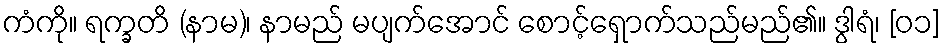
ကံကို။ ရက္ခတိ (နာမ)၊ နာမည် မပျက်အောင် စောင့်ရှောက်သည်မည်၏။ ဒွါရံ၊ [၀၁]